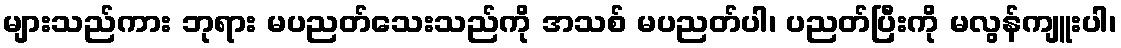
များသည်ကား ဘုရား မပညတ်သေးသည်ကို အသစ် မပညတ်ပါ၊ ပညတ်ပြီးကို မလွန်ကျူးပါ၊